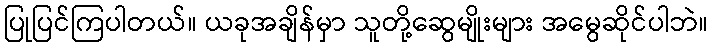
ပြုပြင်ကြပါတယ်။ ယခုအချိန်မှာ သူတို့ဆွေမျိုးများ အမွေဆိုင်ပါဘဲ။